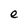
Character: e